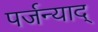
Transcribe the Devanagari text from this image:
पर्जन्याद्‌